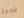
فادحة